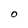
Character: O